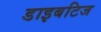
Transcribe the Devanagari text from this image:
डाइबटिज